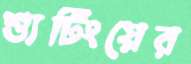
শ্যুটিংয়ের